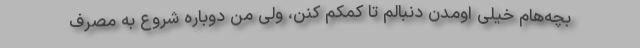
بچه‌هام خیلی اومدن دنبالم تا کمکم کنن، ولی من دوباره شروع به مصرف